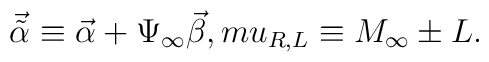
{\vec {\tilde \alpha}}\equiv{\vec \alpha}+\Psi_{\infty}{\vec\beta}, \ \\mu_{R,L}\equiv M_{\infty}\pm L.